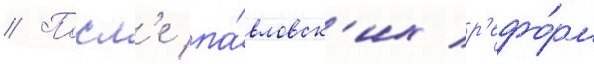
// Посл'е па́вловск'их р'ефо́рм